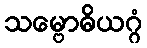
သမ္ဗောဓိယဂ္ဂံ